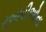
રબારીઓના